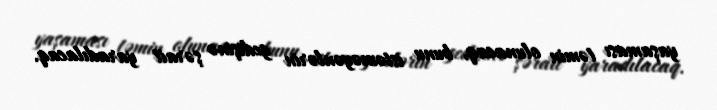
yaşaması təmin olunacaq, bunu istəməyənlərin gedişinə şərait yaradılacaq.